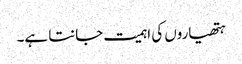
ہتھیاروں کی اہمیت جانتا ہے۔